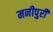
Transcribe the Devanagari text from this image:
मनीपुरी